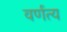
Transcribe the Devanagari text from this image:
वर्णत्य